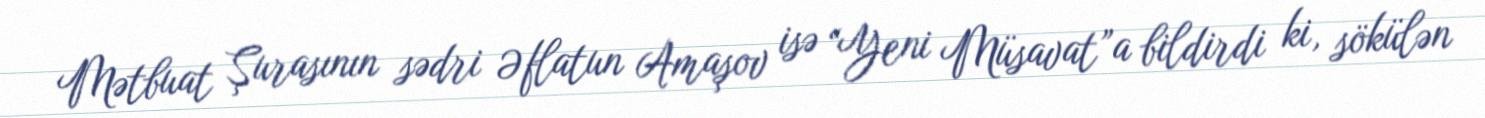
Mətbuat Şurasının sədri Əflatun Amaşov isə “Yeni Müsavat”a bildirdi ki, sökülən